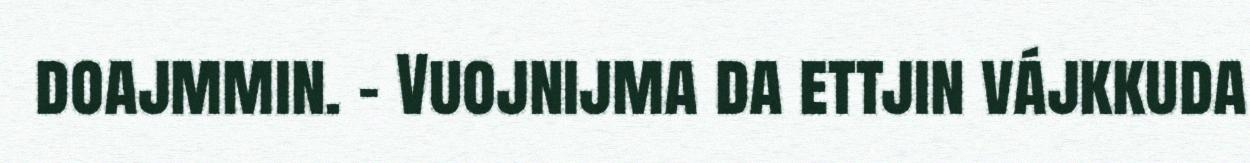
doajmmin. – Vuojnijma da ettjin vájkkuda